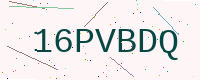
Text: 16PVBDQ